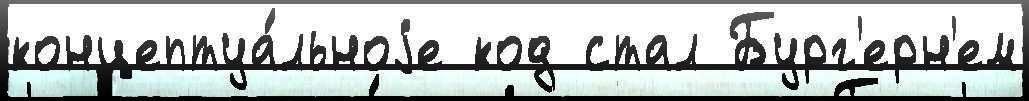
концептуа́льноjе код стал Бург'ерн'ем